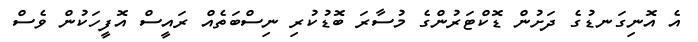
އެ އޮނިގަނޑުގެ ދަށުން ޑޮކްޓަރުންގެ މުސާރަ ބޮޑުކުރި ނިސްބަތެއް ރައީސް އޮފީހަކުން ވެސް